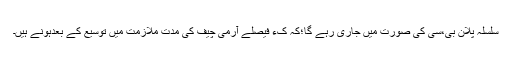
سلسلہ پلان بی،سی کی صورت میں جاری رہے گا؛کہ کء فیصلے آرمی چیف کی مدت ملازمت میں توسیع کے بعدہونے ہیں۔